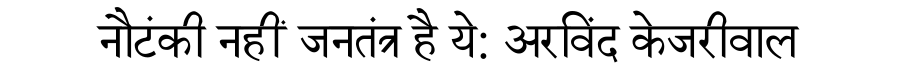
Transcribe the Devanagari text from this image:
नौटंकी नहीं जनतंत्र है ये: अरविंद केजरीवाल